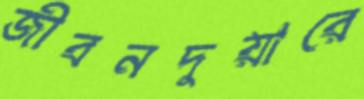
জীবনদুয়ারে